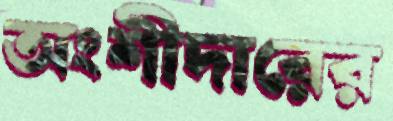
অংশীদারের